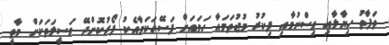
ތަފާތު ހިޔާލާއި ވިސްނުމާއި ފިކުރު މުޖުތަމައާ ހަމައަށް ފަސޭހަކަމާއެކު ފޯރުކޮށްދޭ ވަސީލަތަކަށް ވާތީ